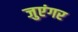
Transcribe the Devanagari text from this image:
जुएंगर